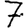
Digit: 7